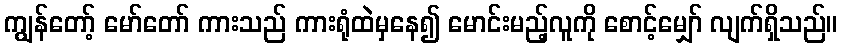
ကျွန်တော့် မော်တော် ကားသည် ကားရုံထဲမှနေ၍ မောင်းမည့်လူကို စောင့်မျှော် လျက်ရှိသည်။